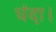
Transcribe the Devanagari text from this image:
धंदा।